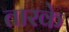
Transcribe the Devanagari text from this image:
तारके